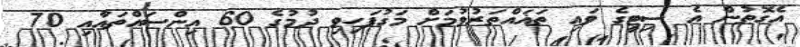
އެގޮތުން އެ ސިޓީގެ ވައި ތަޣައްތަރުވުމަށް މަގުފަހިވި ދުމުގެ 60 އިންސައްތައާއި 70